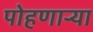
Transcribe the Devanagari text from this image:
पोहणाऱ्या